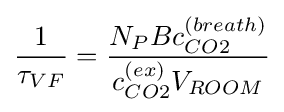
{\frac {1}{\tau _{VF}}}={\frac {N_{P}Bc_{CO2}^{(breath)}}{c_{CO2}^{(ex)}V_{ROOM}}}